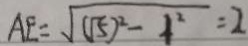
A E = \sqrt { ( \sqrt { 5 } ) ^ { 2 } - 1 ^ { 2 } } = 2